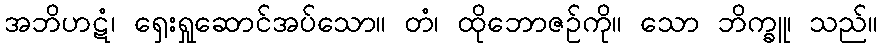
အဘိဟဋံ၊ ရှေးရှုဆောင်အပ်သော။ တံ၊ ထိုဘောဇဉ်ကို။ သော ဘိက္ခူ၊ သည်။